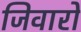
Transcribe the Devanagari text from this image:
जिवारो